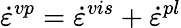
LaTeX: \dot{\varepsilon}^{vp}=\dot{\varepsilon}^{vis}+\dot{\varepsilon}^{pl}